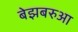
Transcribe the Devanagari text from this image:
बेझबरुआ